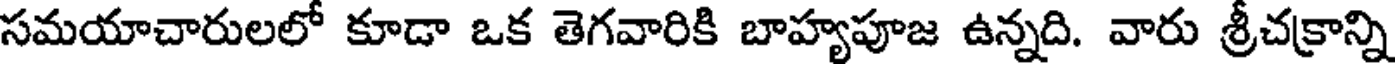
సమయాచారులలో కూడా ఒక తెగవారికి బాహ్యపూజ ఉన్నది. వారు శ్రీచక్రాన్ని